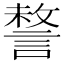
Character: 𧩥